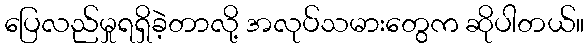
ပြေလည်မှုရရှိခဲ့တာလို့ အလုပ်သမားတွေက ဆိုပါတယ်။